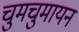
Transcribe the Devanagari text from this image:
चुमचुमायन